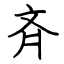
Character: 斉